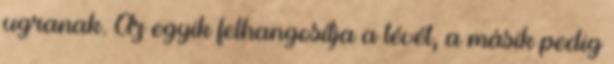
ugranak. Az egyik felhangosítja a tévét, a másik pedig